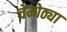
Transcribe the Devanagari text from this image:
चेमोठ्या